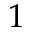
1